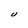
Character: U